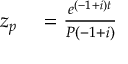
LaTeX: \begin{array} { r l r l } { z _ { p } } & { { } = { \frac { e ^ { ( - 1 + i ) t } } { P ( - 1 + i ) } } } \end{array}